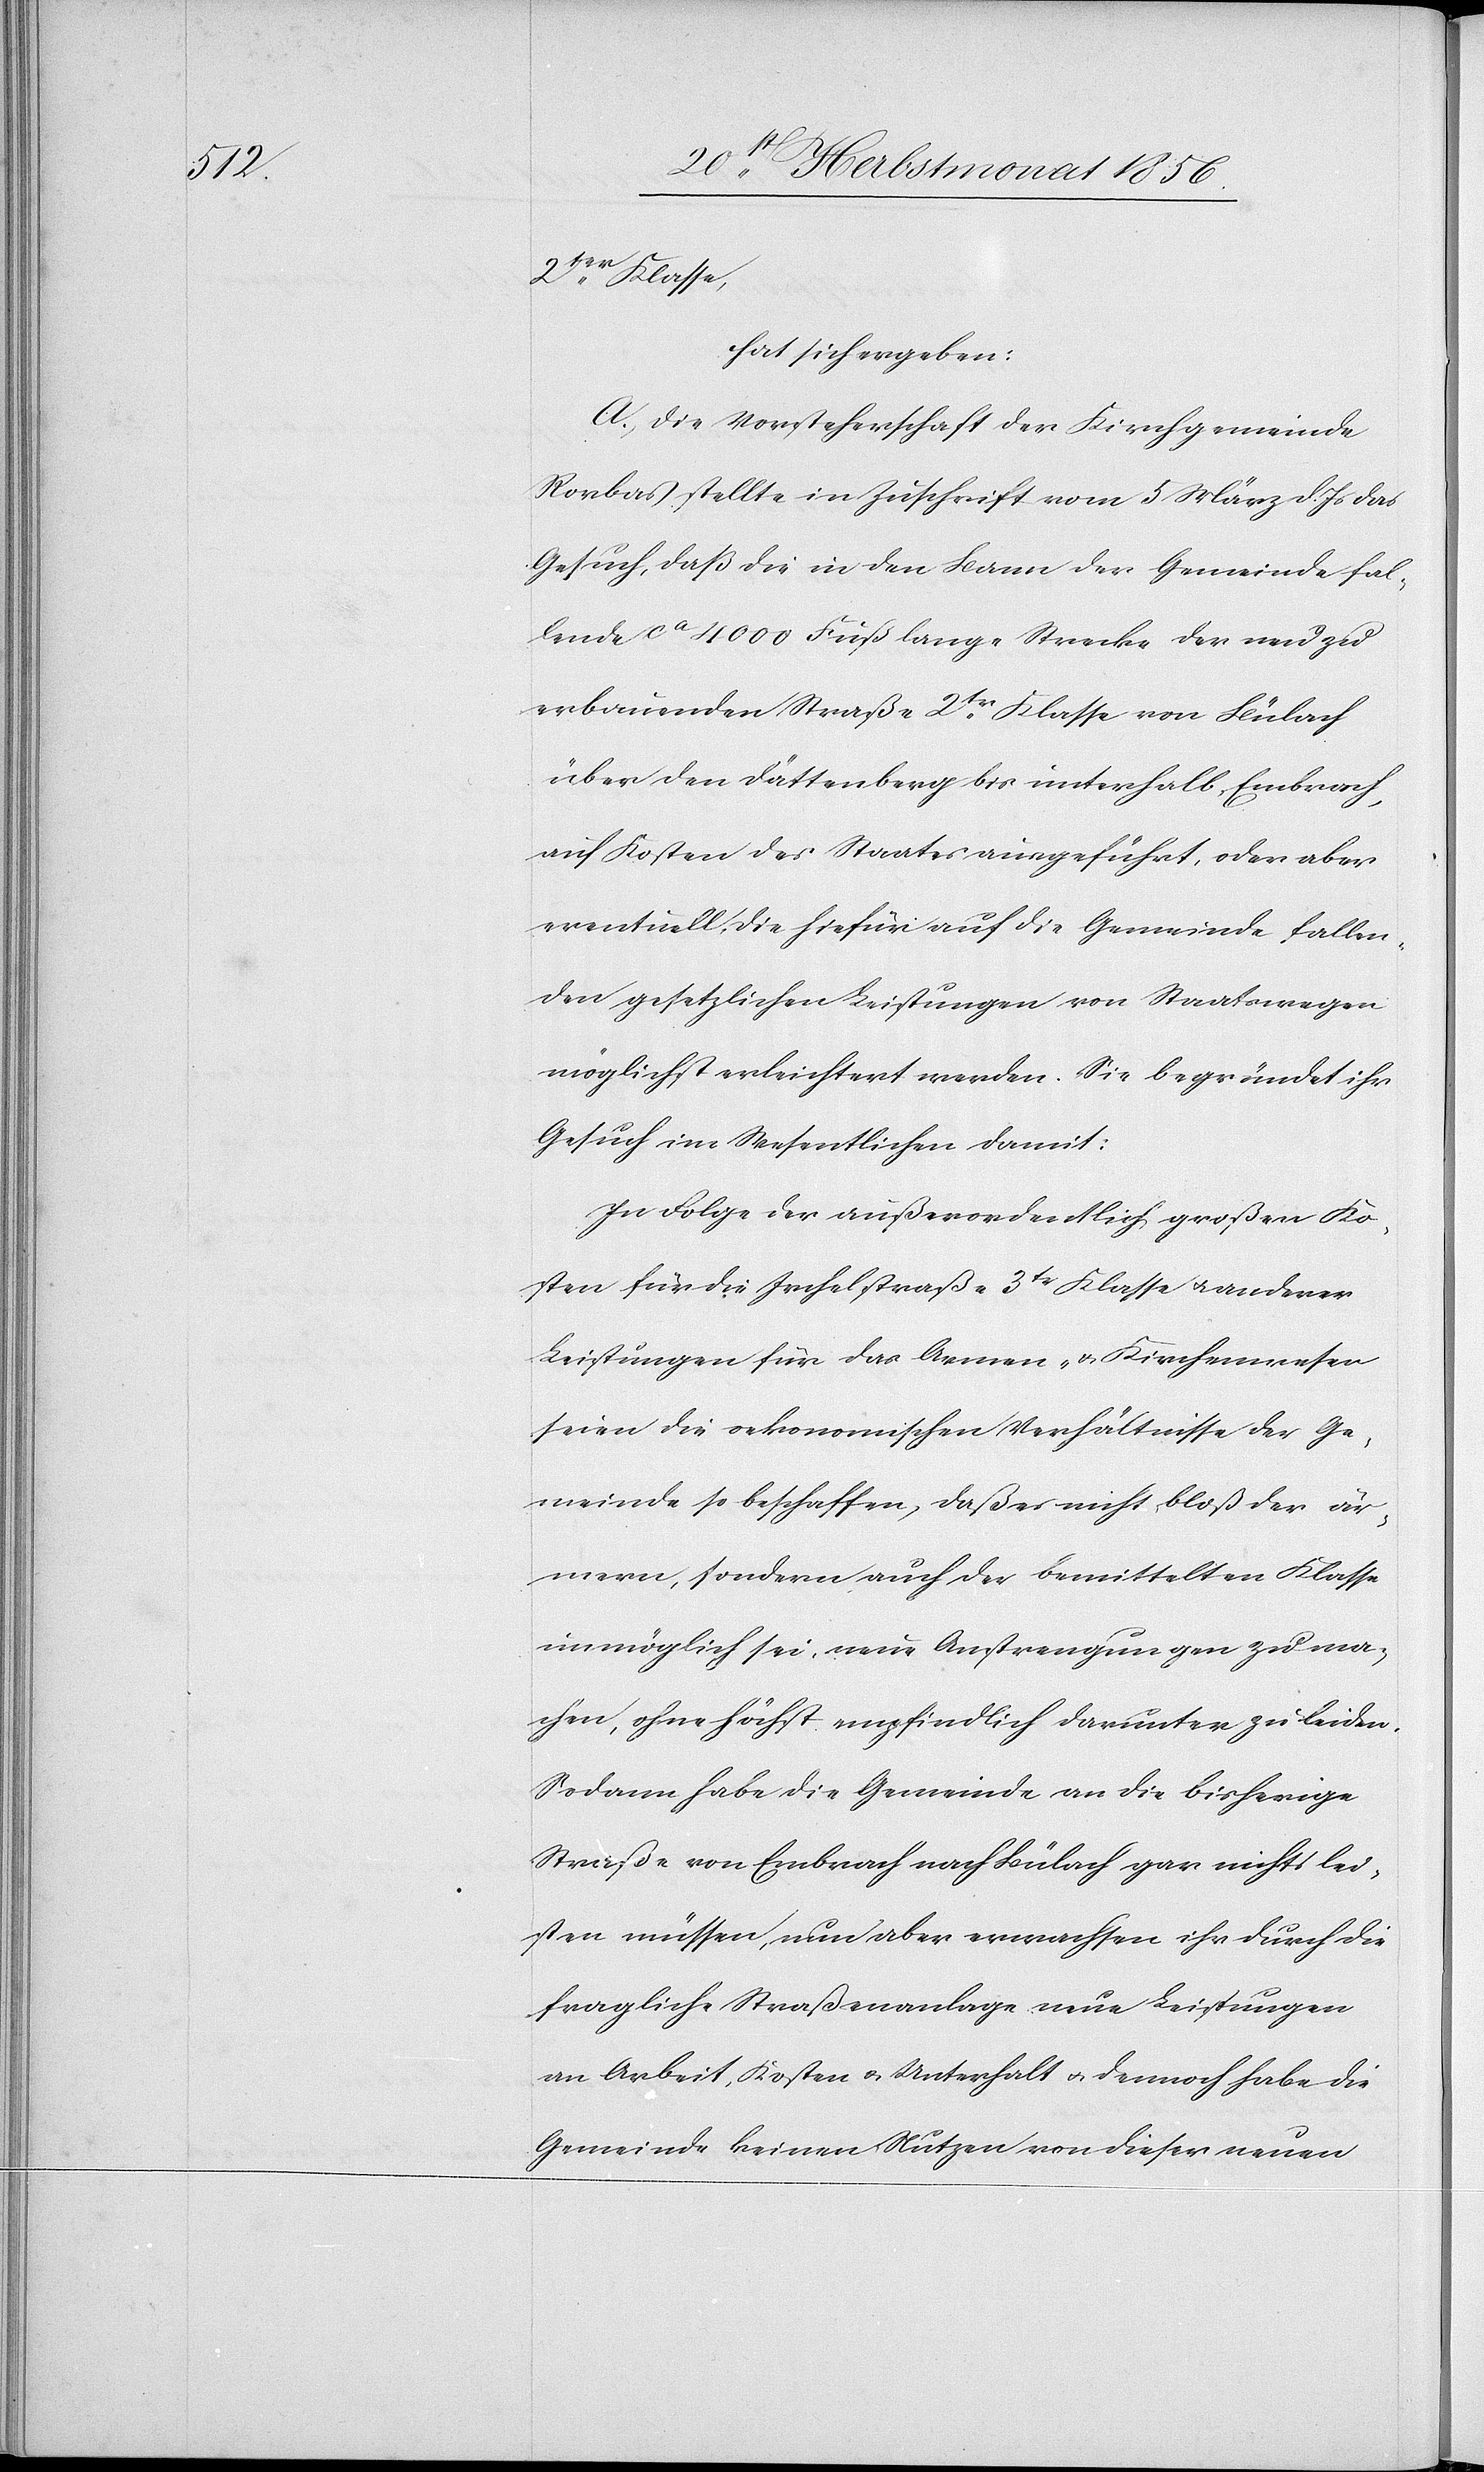
2ter Klasse,
hat sich ergeben:
A.) Die Vorsteherschaft der Kirchgemeinde
Rorbas stellte in Zuschrift vom 5 März d. Js das
Gesuch, daß die in den Bann der Gemeinde fal¬
lende ca 4000 Fuß lange Strecke der neu zu
erbauenden Straße 2tr Klasse von Bülach
über den Dättenberg bis unterhalb Embrach,
auf Kosten des Staates ausgeführt, oder aber
eventuell, die hiefür auf die Gemeinde fallen¬
den gesetzlichen Leistungen von Staatswegen
möglichst erleichtert werden. Sie begründet ihr
Gesuch im Wesentlichen damit:
In Folge der außerordentlich großen Ko¬
sten für die Irchelstraße 3tr Klasse u. anderer
Leistungen für das Armen- u. Kirchenwesen
seien die oekonomischen Verhältnisse der Ge¬
meinde so beschaffen, daß es nicht bloß der är¬
mern, sondern auch der bemittelten Klasse
unmöglich sei, neue Anstrengungen zu ma¬
chen, ohne höchst empfindlich darunter zu leiden.
Sodann habe die Gemeinde an die bisherige
Straße von Embrach nach Bülach gar nichts lei¬
sten müssen, nun aber erwachsen ihr durch die
fragliche Straßenanlage neue Leistungen
an Arbeit, Kosten u. Unterhalt u. dennoch habe die
Gemeinde keinen Nutzen von dieser neuen